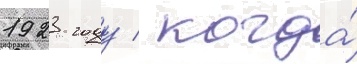
1923 году / когда́